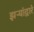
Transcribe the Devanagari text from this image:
झऱ्यांद्वारे